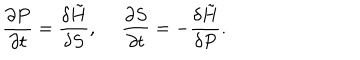
\frac { \partial P } { \partial t } = \frac { \delta \tilde { H } } { \delta S } , ~ ~ \frac { \partial S } { \partial t } = - \frac { \delta \tilde { H } } { \delta P } .